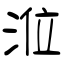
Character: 涖